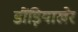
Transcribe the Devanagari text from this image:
डौंड़ियाखेर